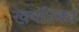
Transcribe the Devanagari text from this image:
खपरिका